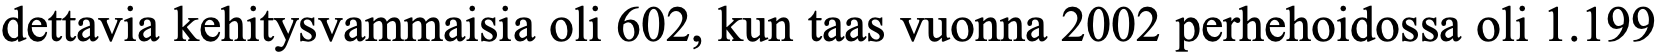
dettavia kehitysvammaisia oli 602, kun taas vuonna 2002 perhehoidossa oli 1.199